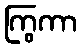
ကြွကာ